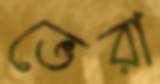
ভেরা